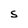
Character: S